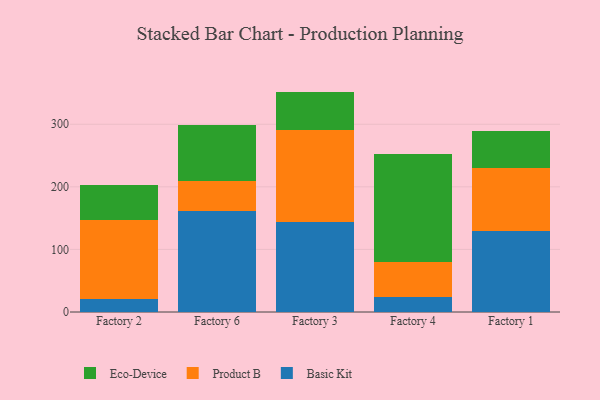
{"axis": {"x": "Factory", "y": "Bounce Rate (%)"}, "legend": ["Basic Kit", "Eco-Device", "Product B"], "data": [{"x": "Factory 2", "y": 20.2, "type": "Basic Kit"}, {"x": "Factory 2", "y": 126.8, "type": "Product B"}, {"x": "Factory 2", "y": 55.3, "type": "Eco-Device"}, {"x": "Factory 6", "y": 161.9, "type": "Basic Kit"}, {"x": "Factory 6", "y": 48.2, "type": "Product B"}, {"x": "Factory 6", "y": 88.7, "type": "Eco-Device"}, {"x": "Factory 3", "y": 143.9, "type": "Basic Kit"}, {"x": "Factory 3", "y": 146.9, "type": "Product B"}, {"x": "Factory 3", "y": 61.4, "type": "Eco-Device"}, {"x": "Factory 4", "y": 24.0, "type": "Basic Kit"}, {"x": "Factory 4", "y": 56.2, "type": "Product B"}, {"x": "Factory 4", "y": 171.6, "type": "Eco-Device"}, {"x": "Factory 1", "y": 129.6, "type": "Basic Kit"}, {"x": "Factory 1", "y": 100.9, "type": "Product B"}, {"x": "Factory 1", "y": 59.1, "type": "Eco-Device"}]}